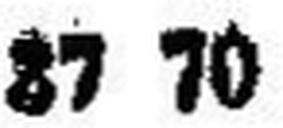
37 70